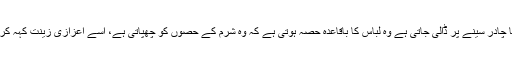
اس سے پتہ چلتا ہے کہ جو ڈوپٹہ یا چادر سینے پر ڈالی جاتی ہے وہ لباس کا باقاعدہ حصہ ہوتی ہے کہ وہ شرم کے حصوں کو چھپاتی ہے، اسے اعزازی زینت کہہ کر لباس سے خارج نہیں کیا جا سکتا۔